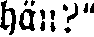
hän?"